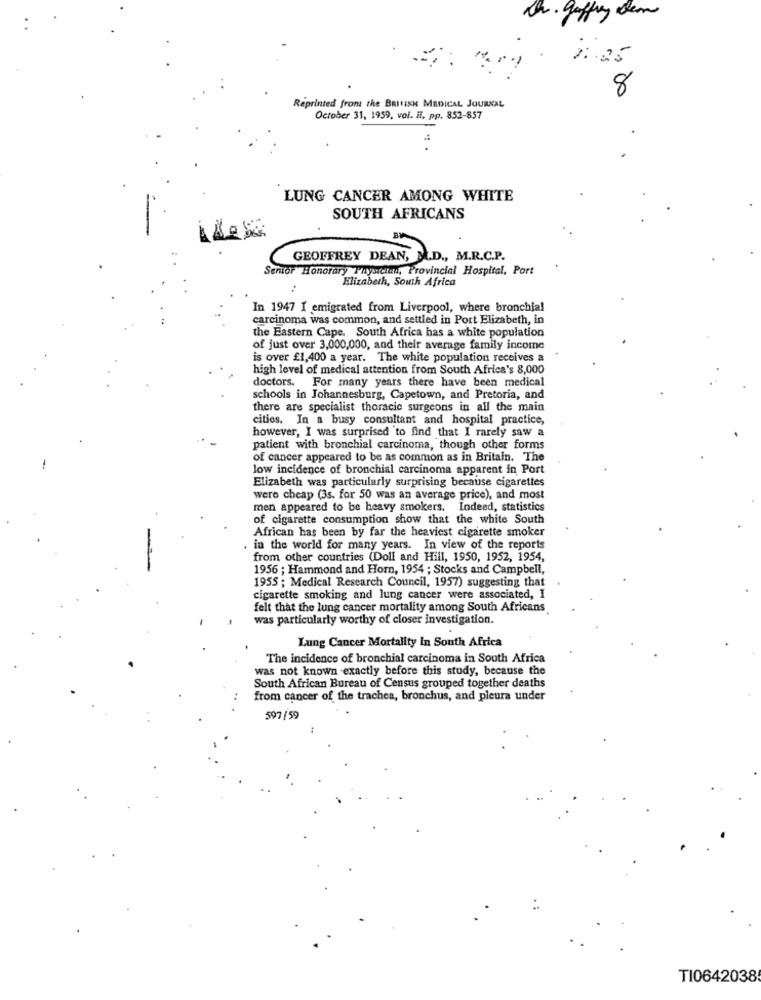
De. gaffney dem
25
8
Reprinted from the BRITISH MEDICAL JOURNAL
October 31, 1959, vol. Ii. pp. 852-857
.. .
LUNG CANCER AMONG WHITE
SOUTH AFRICANS
GEOFFREY DEAN, M.D ., M.R.C.P.
Senior Honorary Physician, Provincial Hospital, Port
Elizabeth, South Africa
In 1947 I emigrated from Liverpool, where bronchial
carcinoma was common, and settled in Port Elizabeth, in
the Eastern Cape. South Africa has a white population
of just over 3,000,000, and their average family income
is over £1,400 a year. The white population receives a
high level of medical attention from South Africa's 8,000
doctors. For many years there have been medical
schools in Johannesburg, Capetown, and Pretoria, and
there are specialist thoracic surgeons in all the main
cities. In a busy consultant and hospital practice,
however, I was surprised to find that I rarely saw a
patient with bronchial carcinoma, though other forms
of cancer appeared to be as common as in Britain. The
low incidence of bronchial carcinoma apparent in Port
Elizabeth was particularly surprising because cigarettes
were cheap (3s. for 50 was an average price), and most
men appeared to be heavy smokers. Indeed, statistics
of cigarette consumption show that the white South
African has been by far the heaviest cigarette smoker
in the world for many years. In view of the reports
from other countries (Doll and Hill, 1950, 1952, 1954,
1956 ; Hammond and Horn, 1954 ; Stocks and Campbell,
1955 ; Medical Research Council, 1957) suggesting that
cigarette smoking and lung cancer were associated, I
felt that the lung cancer mortality among South Africans
was particularly worthy of closer investigation.
Lung Cancer Mortality In South Africa
The incidence of bronchial carcinoma in South Africa
was not known exactly before this study, because the
South African Bureau of Census grouped together deaths
from cancer of the trachea, bronchus, and pleura under
597/59
TI0642038